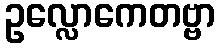
ဥလ္လောကေတဗ္ဗာ